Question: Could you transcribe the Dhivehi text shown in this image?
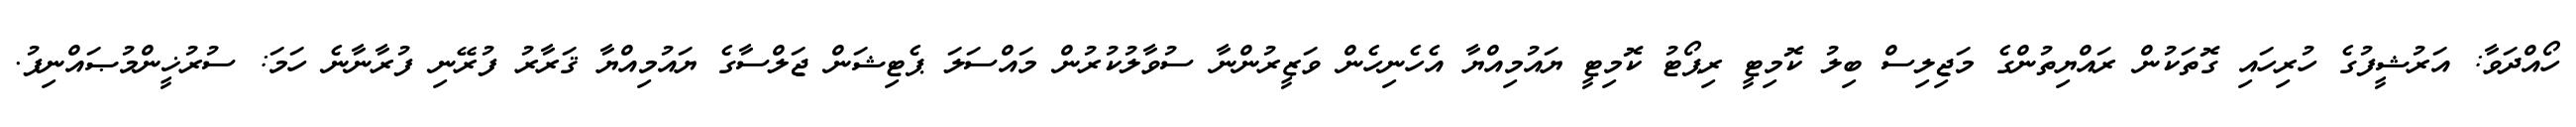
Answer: ހޯއްދަވާ: އަރުޝީފުގެ ހުރިހައި ގޮތަކުން ރައްޔިތުންގެ މަޖިލިސް ބިލު ކޮމިޓީ ރިޕޯޓު ކޮމިޓީ ޔައުމިއްޔާ އެހެނިހެން ވަޒީރުންނާ ސުވާލުކުރުން މައްސަލަ ޕެޓިޝަން ޖަލްސާގެ ޔައުމިއްޔާ ޤަރާރު ފުރޭނި ފުރާނާނެ ހަމަ: ސުރުޚީންމުޞައްނިފު.